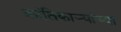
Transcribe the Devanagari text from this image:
क्रांतिकार्‍यांच्या